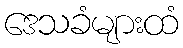
ဒေသခံများထံ